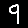
Digit: 9